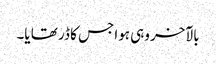
بالآخر وہی ہوا جس کا ڈر تھا یا۔